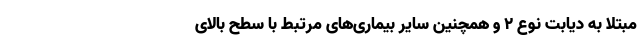
مبتلا به دیابت نوع ۲ و همچنین سایر بیماری‌های مرتبط با سطح بالای